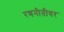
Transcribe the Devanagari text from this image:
रणनीतीवर